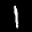
Label: 1